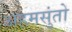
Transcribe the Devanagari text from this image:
अहमसुंतो